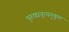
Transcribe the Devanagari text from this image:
पुरुषप्रवृत्यनुकूल